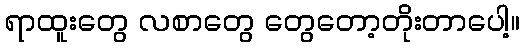
ရာထူးတွေ လစာတွေ တွေတော့တိုးတာပေါ့။